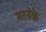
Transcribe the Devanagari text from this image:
मरनेके